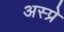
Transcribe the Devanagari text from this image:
अस्प्रे